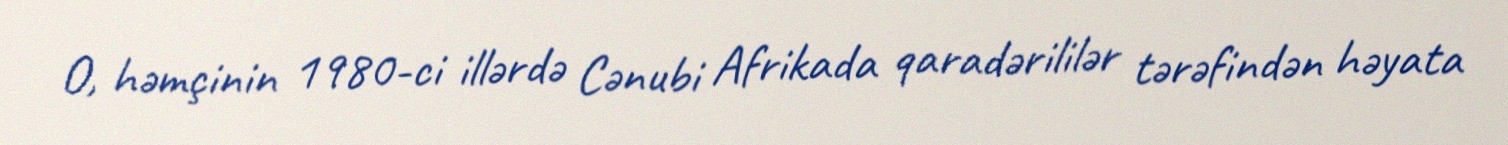
O, həmçinin 1980-ci illərdə Cənubi Afrikada qaradərililər tərəfindən həyata